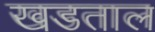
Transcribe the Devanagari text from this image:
खडताल